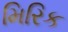
મિરિક